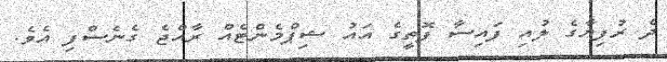
ދެ ރުފިޔާގެ ލުއި ފައިސާ ފޮތީގެ އައު ޝިޕްމެންޓެއް ރާއްޖެ ގެނެސްފި އެވެ.